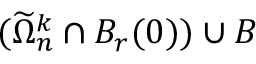
( \widetilde \Omega _ { n } ^ { k } \cap B _ { r } ( 0 ) ) \cup B